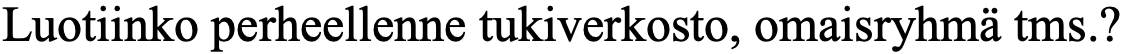
Luotiinko perheellenne tukiverkosto, omaisryhmä tms.?